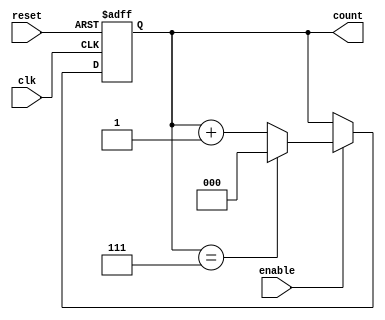
module modulus_counter #(
    parameter MODULUS = 8  // Set the modulus value (must be a power of 2 for this design)
)(
    input wire clk,           // Clock input
    input wire reset,         // Reset input (active high)
    input wire enable,        // Enable input (optional)
    output reg [$clog2(MODULUS)-1:0] count // Count output
);

// Always block for counter logic
always @(posedge clk or posedge reset) begin
    if (reset) begin
        count <= 0; // Reset count to zero
    end else if (enable) begin
        if (count == MODULUS - 1) begin
            count <= 0; // Reset to zero when modulus is reached
        end else begin
            count <= count + 1; // Increment count
        end
    end
end

endmodule